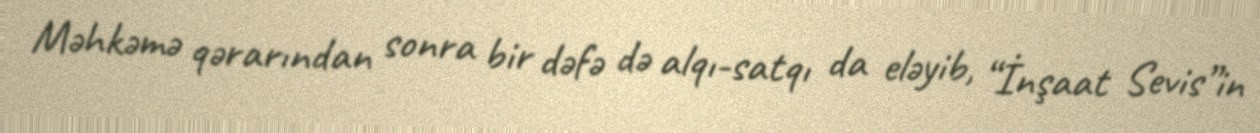
Məhkəmə qərarından sonra bir dəfə də alqı-satqı da eləyib, “İnşaat Sevis”in